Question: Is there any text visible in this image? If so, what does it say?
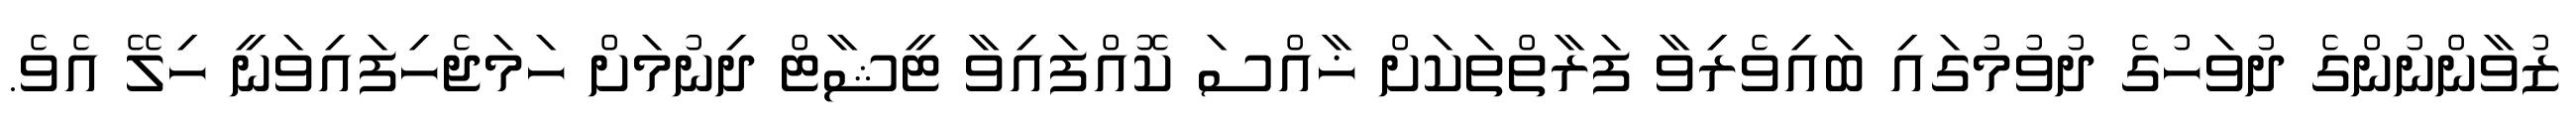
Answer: ޒުވާންނުންގެ ދުވަހުގެ ދުވުމުގައި ބައިވެރިވާ ފަރާތްތަކަށް ޚާއްސަ ކޮއްފައިވާ ޓީޝާޓް ދިނުމަށް ހަމަޖެހިފައިވަނީ ހިލޭ އެވެ.